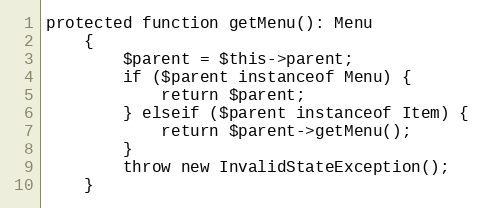
Language: PHP
protected function getMenu(): Menu
	{
		$parent = $this->parent;
		if ($parent instanceof Menu) {
			return $parent;
		} elseif ($parent instanceof Item) {
			return $parent->getMenu();
		}
		throw new InvalidStateException();
	}